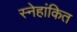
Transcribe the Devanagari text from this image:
स्नेहांकित